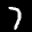
Label: 7